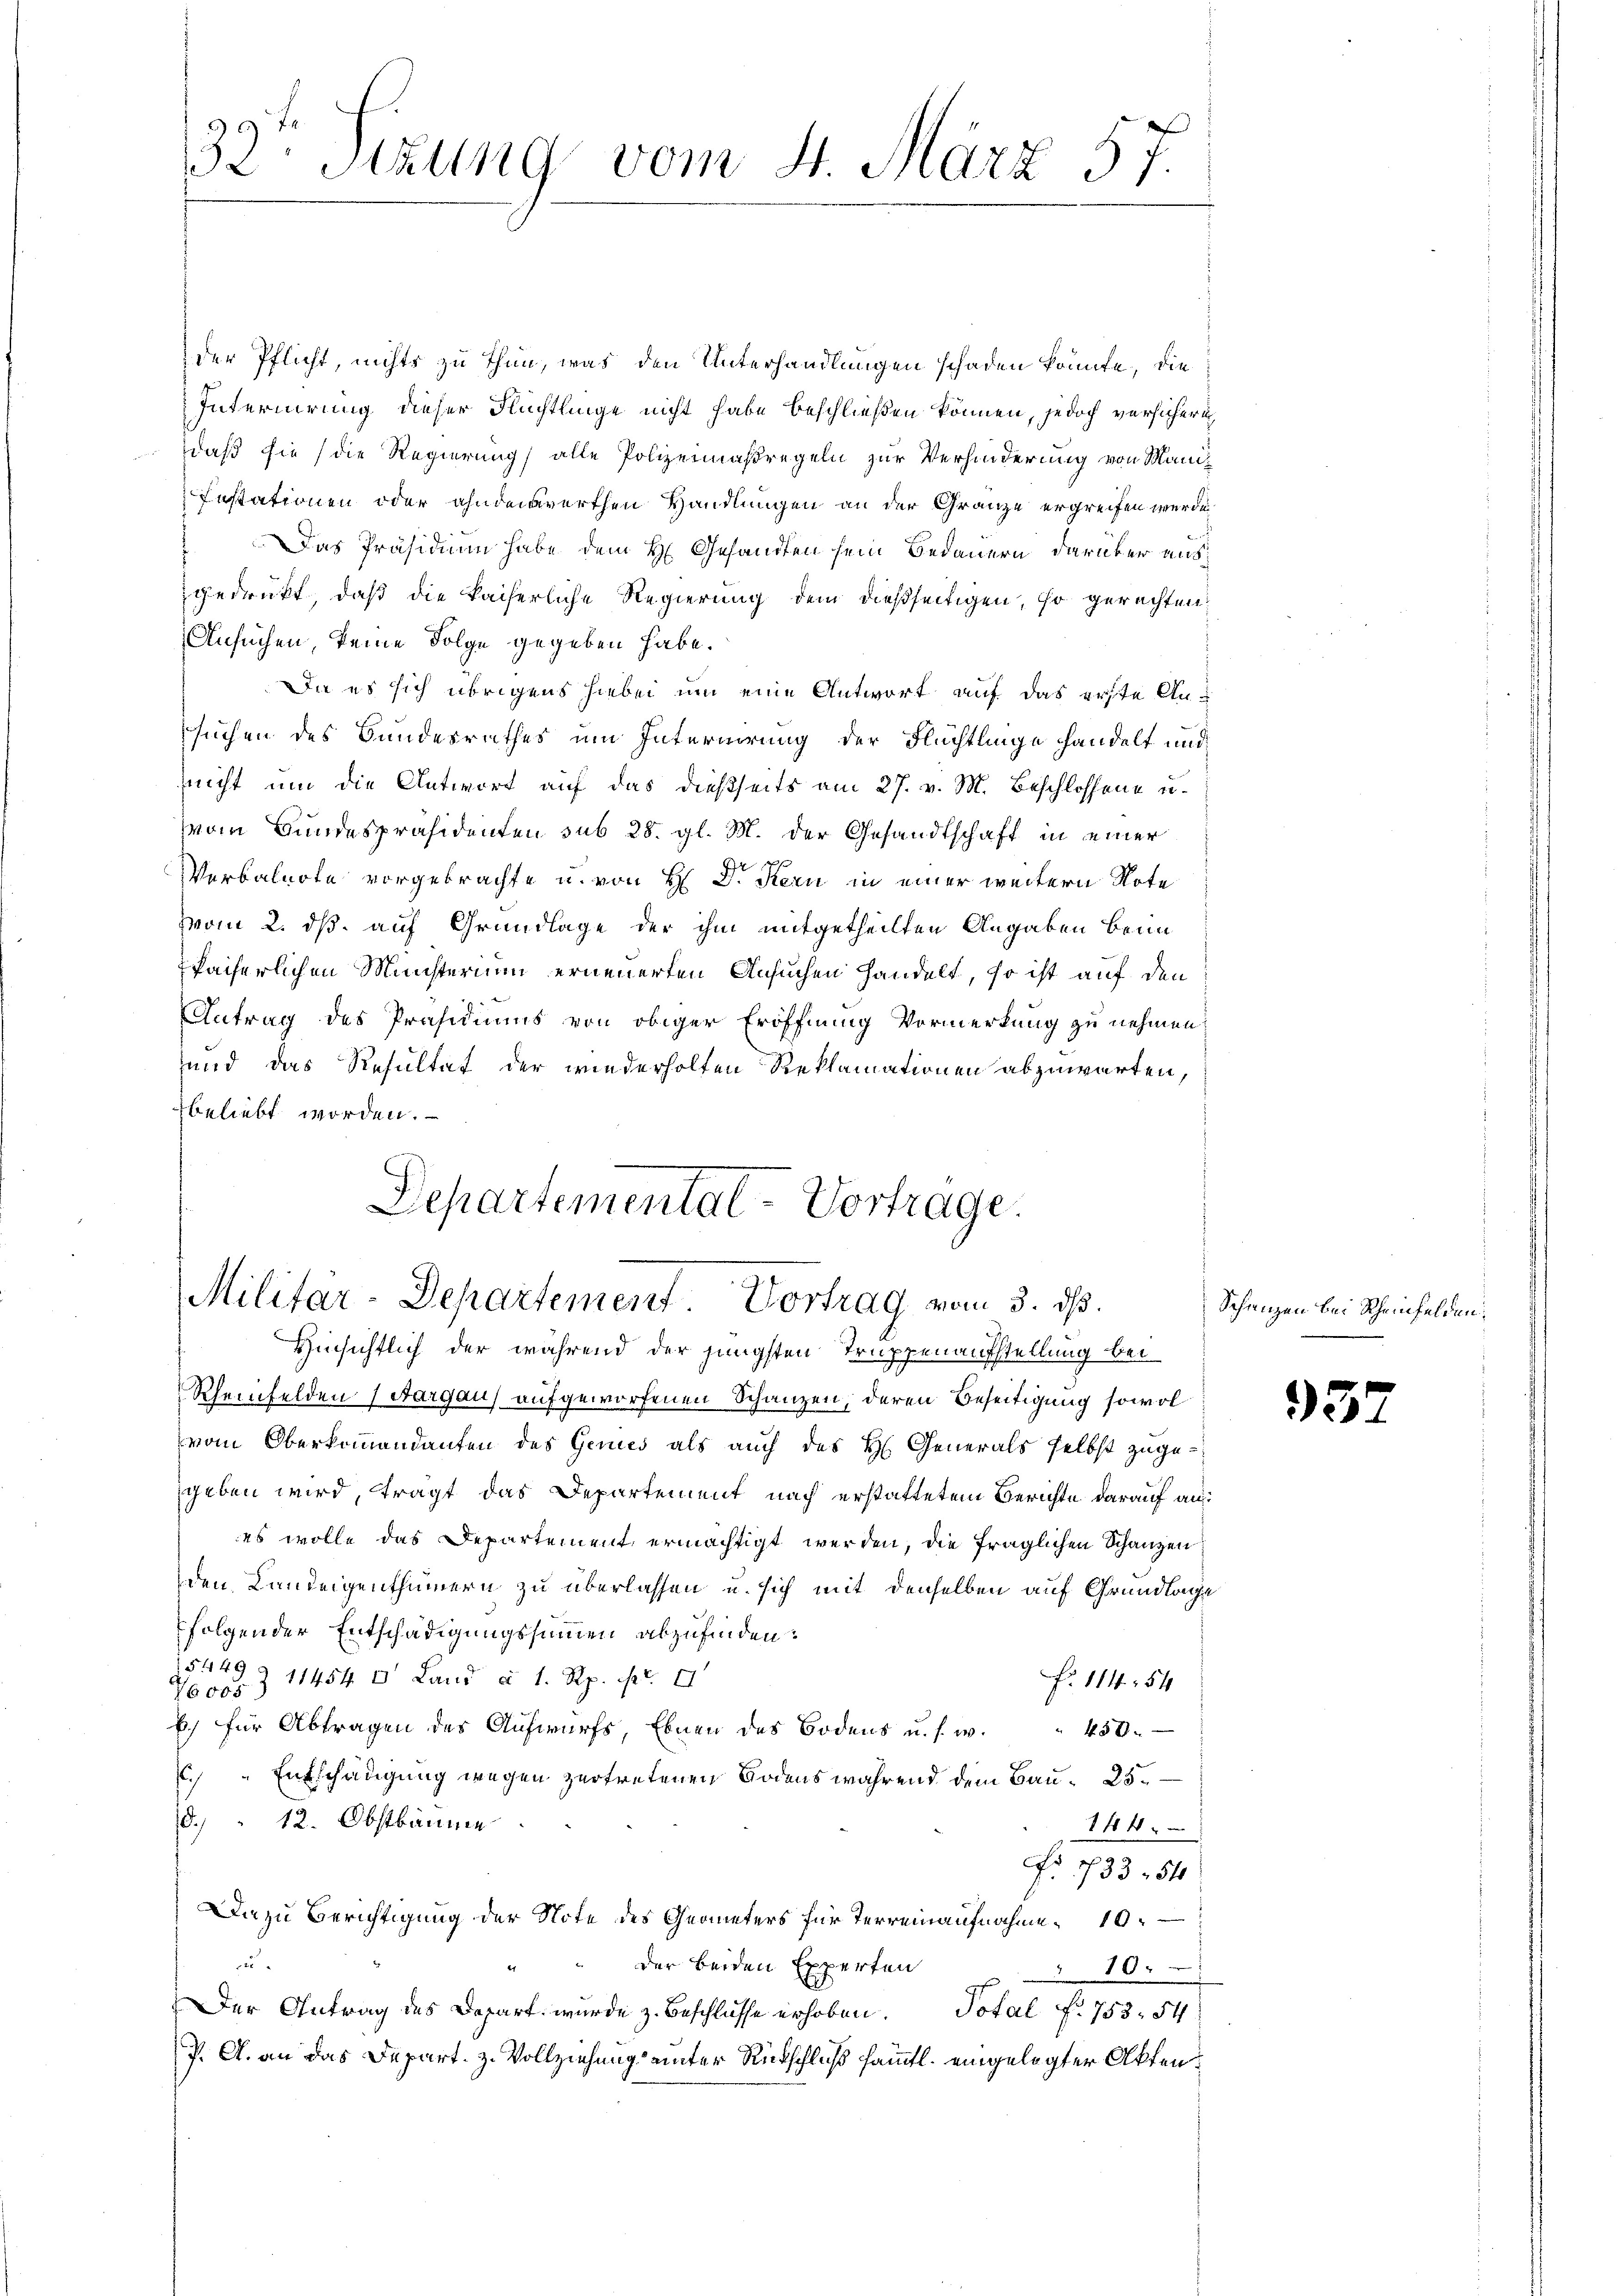
32te Sitzung vom 4. März 57.

der Pflicht, nichts zu thun, was den Unterhandlungen schaden könnte, die
Internirung dieser Flüchtlinge nicht habe beschließen können, jedoch versichern
Daß sie (die Regierung alle Polizeimaßregeln zur Verhinderung von Mani¬
Instationen oder ahnderwerthen Handlungen an der Gränze ergreifen werde
Das Präsidium habe dem H. Gesandten sein Bedauern darüber ausgedrückt, daß die kaiserliche Regierung dem dießseitigen, so gerechten:
Ansuchen, keine Folge gegeben habe.
Da es sich übrigens hiebei um eine Antwort auf das erste Ansuchen des Bundesrathes um Internirung der Flüchtlinge handelt und
nicht um die Antwort auf das dießseits am 27. v. M. Beschlossene u.
von Bundespräsidenten sub 28. gl. M. der Gesandtschaft in einer
E
Verbalnote vorgebrachte u. von H. J. Kern in einer weitern Note
vom 2. ds. auf Grundlage der ihm mitgetheilten Angaben beim
fächerlichen Ministerium erneuerten Ansuchen handelt, so ist auf den
Antrag des Präsidiums von obiger Eröffnung Vormerkung zu nehmen
sund das Resultat der wiederholten Reklamationen abzuwarten,
beliebt worden.

Departemental-Vortrage.
Militar-Departement Vortrag vom 3. ds.
Hinsichtlich der während der jüngsten Truppenaufstellung bei

Rheinfelden (Sargau) aufgeworfenen Schanzen, deren Beseitigung sowol
vom Oberkommandanten des Genes als auch des H. Generals selbst zugegeben wird tragt das Departement nach erstattetem Berichte darauf an:
es wolle das Departement ermächtigt werden, die fraglichen Schanzen:
den Landeigenthümern zu überlassen u. sich mit denselben auf Grundlage
folgender Entschädigungssummen abzufinden.
Z 11454 0 Land à 1 Rp. pr.
Fr. 11454
b.) für Abtragen des Aufwurfs, Ebnen des Bodens u. s. w.
450x
." Entschädigung wegen zertretenen Bodens während dem Bau 25.
d. " 12. Obstbäume
144
Fr. 1733 84
Da zu Berichtigung der Note des Geometers für Terreinaufnahme 10
a
der beiden Experten
10x
Der Antrag des Depart wurde z. Beschlüsse erhoben. Total f. 753. 54
P. A. an das Depart. z. Vollziehung unter Rückschluß sämmtl. eingelegter Akten¬

Schanzen bei Scheinfelden.

93.